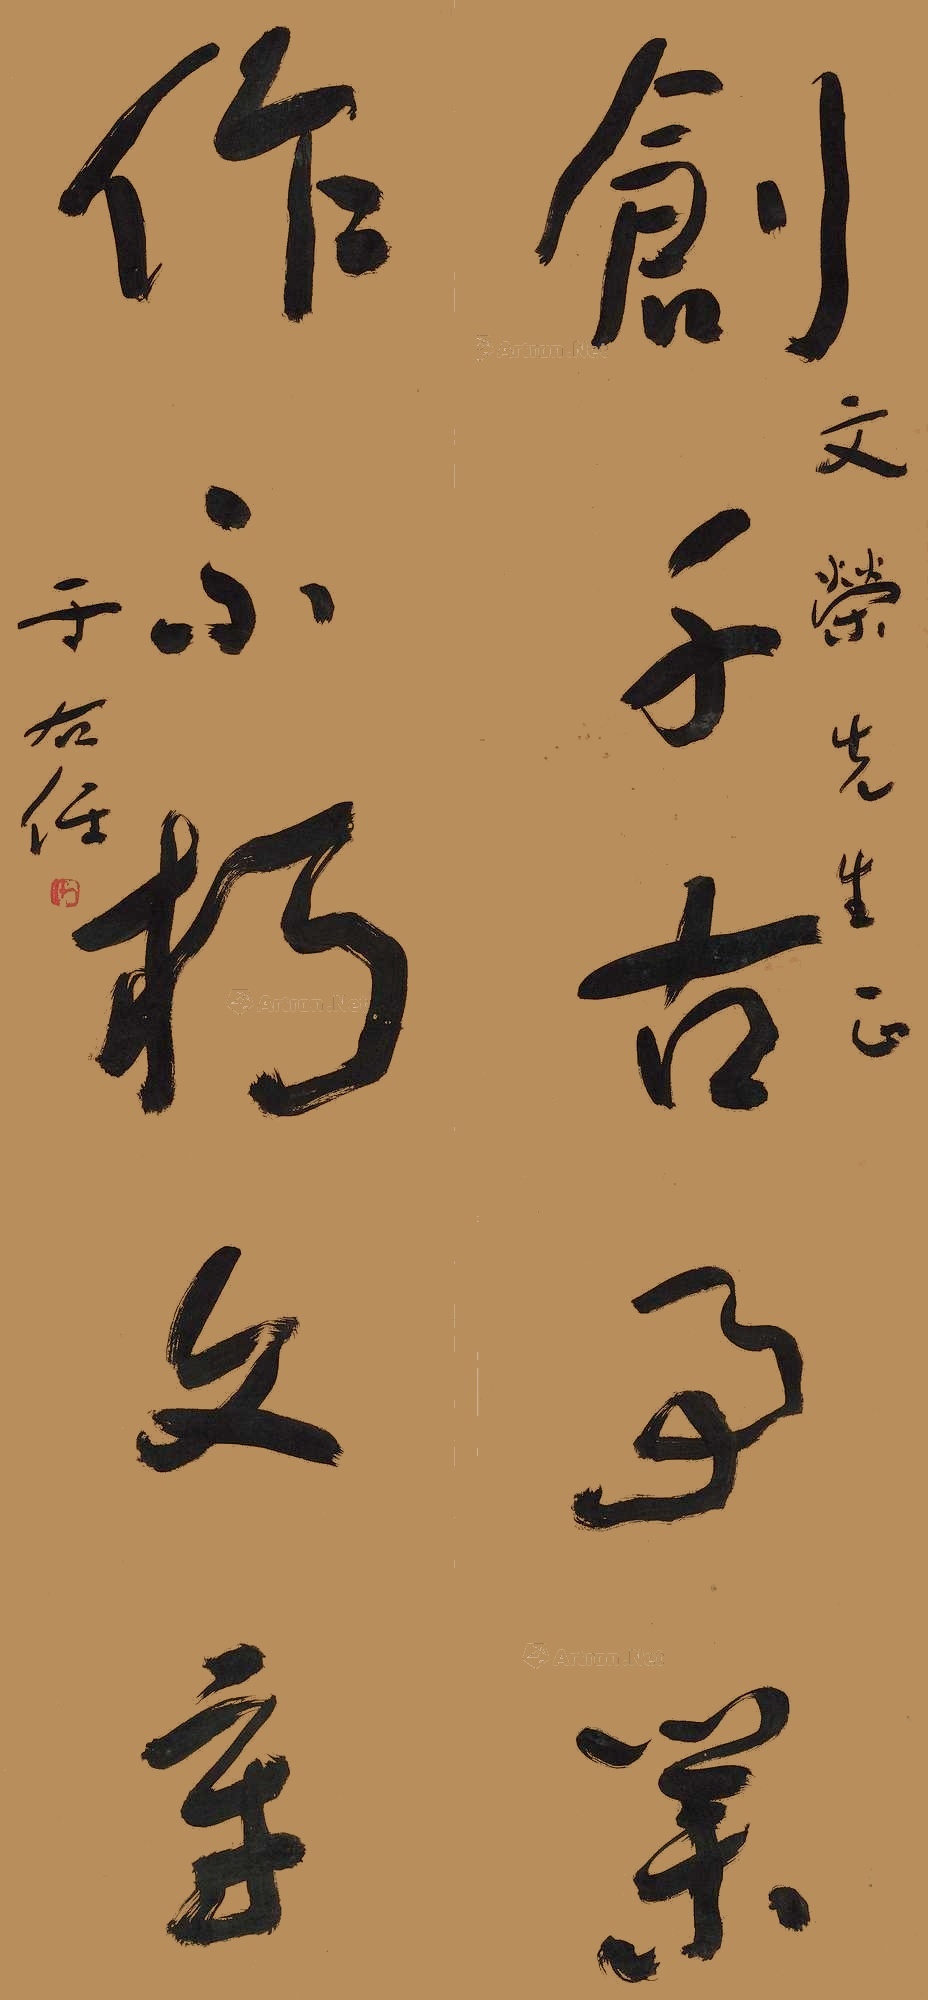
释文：创千古事业，作不朽文章。文荣先生正，于右任。